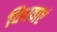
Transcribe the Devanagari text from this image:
विधवाएं